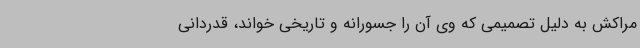
مراکش به دلیل تصمیمی که وی آن را جسورانه و تاریخی‌ خواند، قدردانی